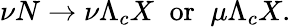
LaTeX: \nu N\rightarrow\nu\Lambda_{c}X\; \; \mathrm{or}\; \; \mu\Lambda_{c}X.